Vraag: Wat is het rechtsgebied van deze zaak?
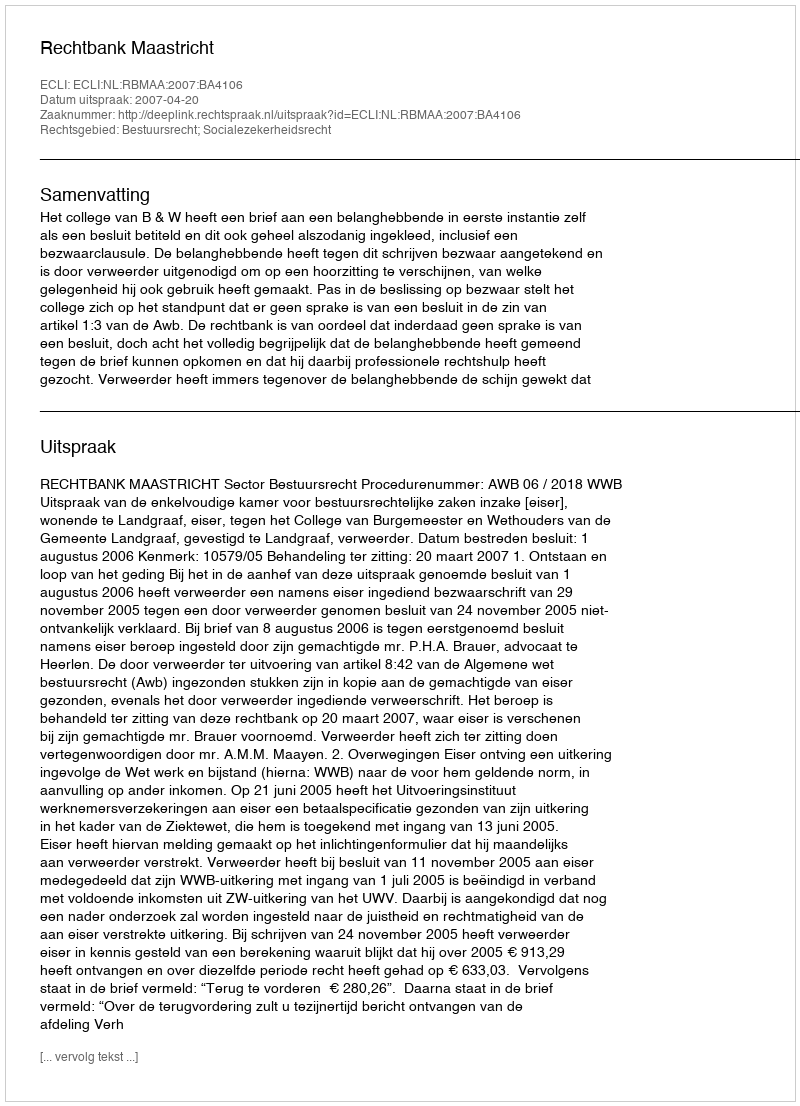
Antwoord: Bestuursrecht; Socialezekerheidsrecht